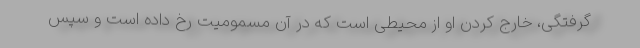
گرفتگی، خارج کردن او از محیطی است که در آن مسمومیت رخ داده است و سپس